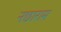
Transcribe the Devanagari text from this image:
नछाराम